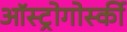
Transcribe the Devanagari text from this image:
ऑस्ट्रोगोर्स्की